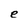
Character: e